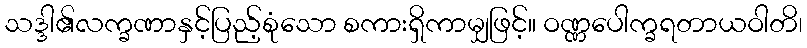
သဒ္ဒါ၏လက္ခဏာနှင့်ပြည့်စုံသော စကားရှိကာမျှဖြင့်။ ဝဏ္ဏပေါက္ခရတာယဝါတိ၊